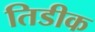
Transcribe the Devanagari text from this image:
तिडीक